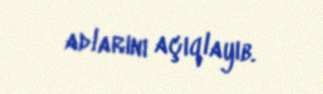
adlarını açıqlayıb.